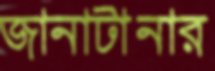
জানাটানার